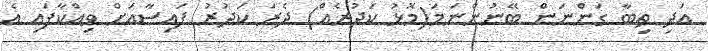
އަދި ތިބާ ގަންނަން ބޭނުންނަމަ(މޮޅު ކަދުރެއް) ދެރަ ކަދުރު ފައިސާއަށް ވިއްކާފައި އެ